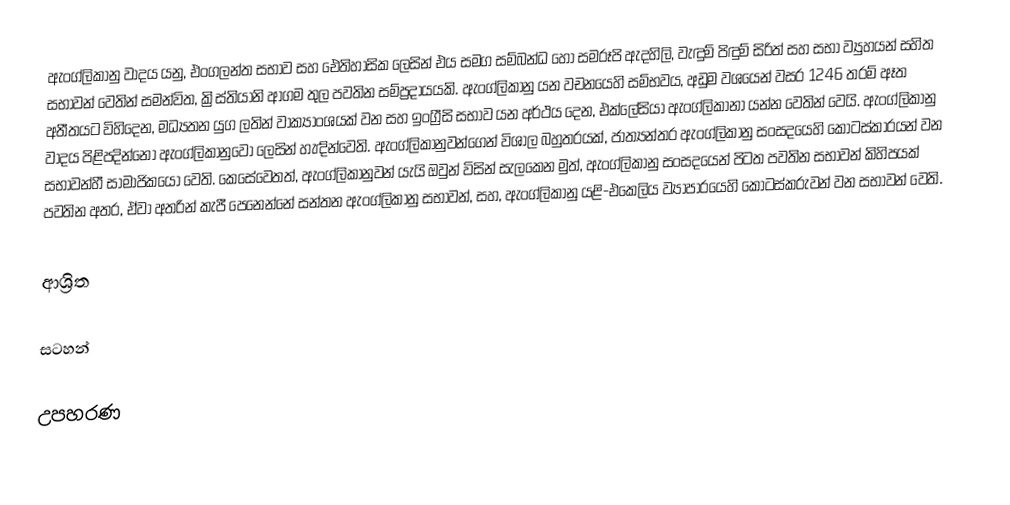
ඇංග්ලිකානු වාදය යනු,  එංගලන්ත සභාව සහ ඓතිහාසික ලෙසින් එය සමග සම්බන්ධ හෝ සමරූපි ඇදහිලි, වැඳුම් පිඳුම් සිරිත් සහ සභා ව්‍යුහයන් සහිත සභාවන් වෙතින් සමන්විත,  ක්‍රිස්තියානි ආගම තුල පවතින සම්ප්‍රදායයකි. ඇංග්ලිකානු යන වචනයෙහි සම්භවය, අඩුම වශයෙන් වසර 1246 තරම් ඈත අතීතයට විහිදෙන, මධ්‍යතන යුග ලතින් වාක්‍යාංශයක් වන සහ  ඉංග්‍රීසි සභාව යන අර්ථය දෙන, එක්ලේසියා ඇංග්ලිකානා යන්න වෙතින් වෙයි. ඇංග්ලිකානු වාදය පිළිපදින්නෝ ඇංග්ලිකානුවෝ ලෙසින් හැඳින්වෙති. ඇංග්ලිකානුවන්ගෙන් විශාල බහුතරයක්,  ජාත්‍යන්තර ඇංග්ලිකානු සංසදයෙහි කොටස්කාරයන් වන සභාවන්හී සාමාජිකයෝ වෙති. කෙසේවෙතත්, ඇංග්ලිකානුවන් යැයි ඔවුන් විසින් සැලකෙන මුත්, ඇංග්ලිකානු සංසදයෙන් පිටත පවතින සභාවන් කිහිපයක් පවතින අතර, ඒවා අතරින් කැපී පෙනෙන්නේ සන්තන ඇංග්ලිකානු සභාවන්, සහ,  ඇංග්ලිකානු යළි-එකෙලිය ව්‍යාපාරයෙහි කොටස්කරුවන් වන සභාවන් වෙති.

ආශ්‍රිත

සටහන්

උපහරණ